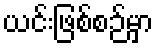
ယင်းဖြစ်စဉ်မှာ